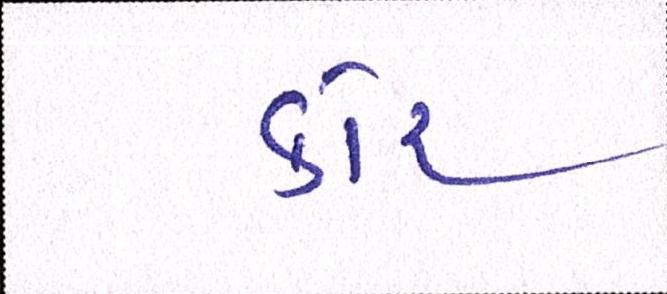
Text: કોર